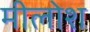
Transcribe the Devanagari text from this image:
मीलोश